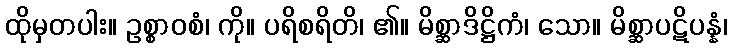
ထိုမှတပါး။ ဥစ္စာဝစံ၊ ကို။ ပရိစရိတိ၊ ၏။ မိစ္ဆာဒိဋ္ဌိကံ၊ သော။ မိစ္ဆာပဋိပန္နံ၊